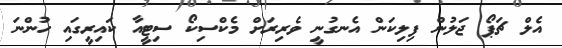
އެލް ޗަޕޯ ޖަލުން ފިލިކަން އެނގުނީ ވެރިރަށް މެކްސިކޯ ސިޓީއާ ކައިރީގައި ހުންނަ